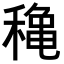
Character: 𥡌